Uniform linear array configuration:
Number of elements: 24
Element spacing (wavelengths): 1
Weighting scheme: uniform
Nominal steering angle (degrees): -45
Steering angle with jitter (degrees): -45.882
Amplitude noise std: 0.05
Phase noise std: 0.05

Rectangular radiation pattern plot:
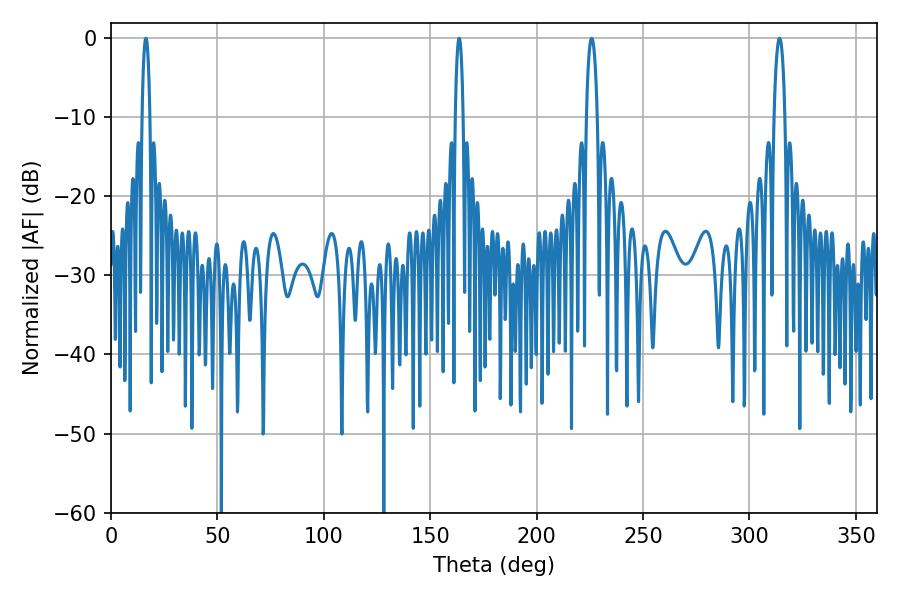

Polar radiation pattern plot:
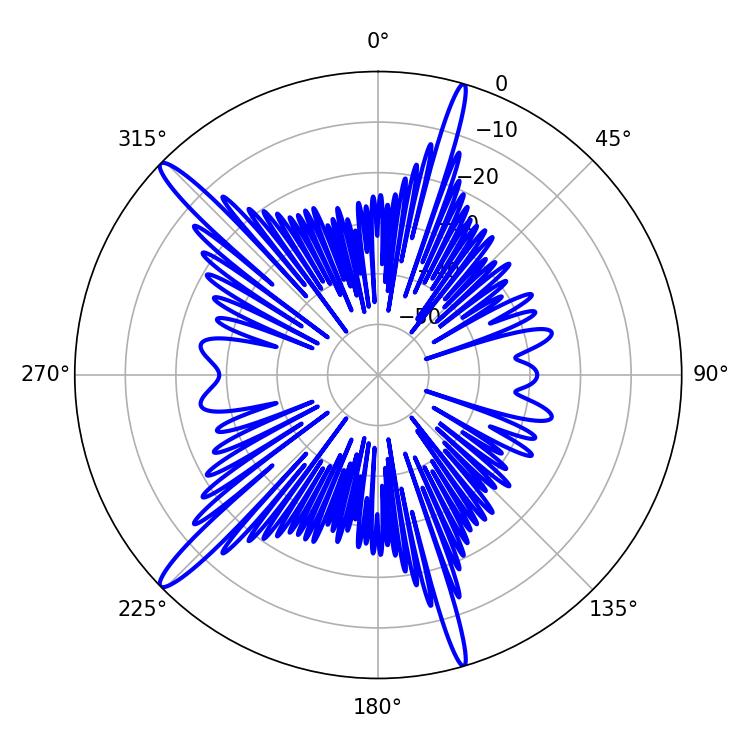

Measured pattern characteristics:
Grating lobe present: TRUE
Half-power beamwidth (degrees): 2.16
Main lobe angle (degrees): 16.38